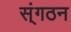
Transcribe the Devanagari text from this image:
स्ंगठन